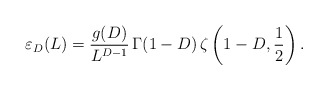
\begin{align*}\varepsilon_{D}(L)=\frac{g(D)}{L^{D-1}} \,\Gamma(1-D)\,\zeta\left(1-D,\frac1{2}\right).\end{align*}